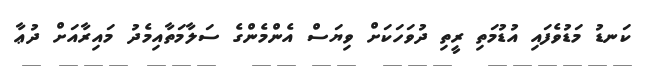
ކަނޑު މަޑުވެފައި އުޑުމަތި ރީތި ދުވަހަކަށް ވިޔަސް އެންމެންގެ ސަލާމަތާއިމެދު މައިރާއަށް ދުޢާ